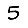
Digit: 5